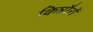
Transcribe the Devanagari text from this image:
किन्नौरों